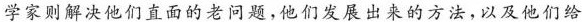
学家则解决他们直面的老问题，他们发展出来的方法，以及他们给